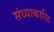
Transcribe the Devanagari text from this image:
संध्याकाळि